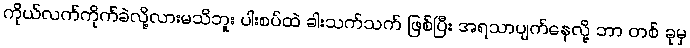
ကိုယ်လက်ကိုက်ခဲလို့လားမသိဘူး ပါးစပ်ထဲ ခါးသက်သက် ဖြစ်ပြီး အရသာပျက်နေလို့ ဘာ တစ် ခုမှ